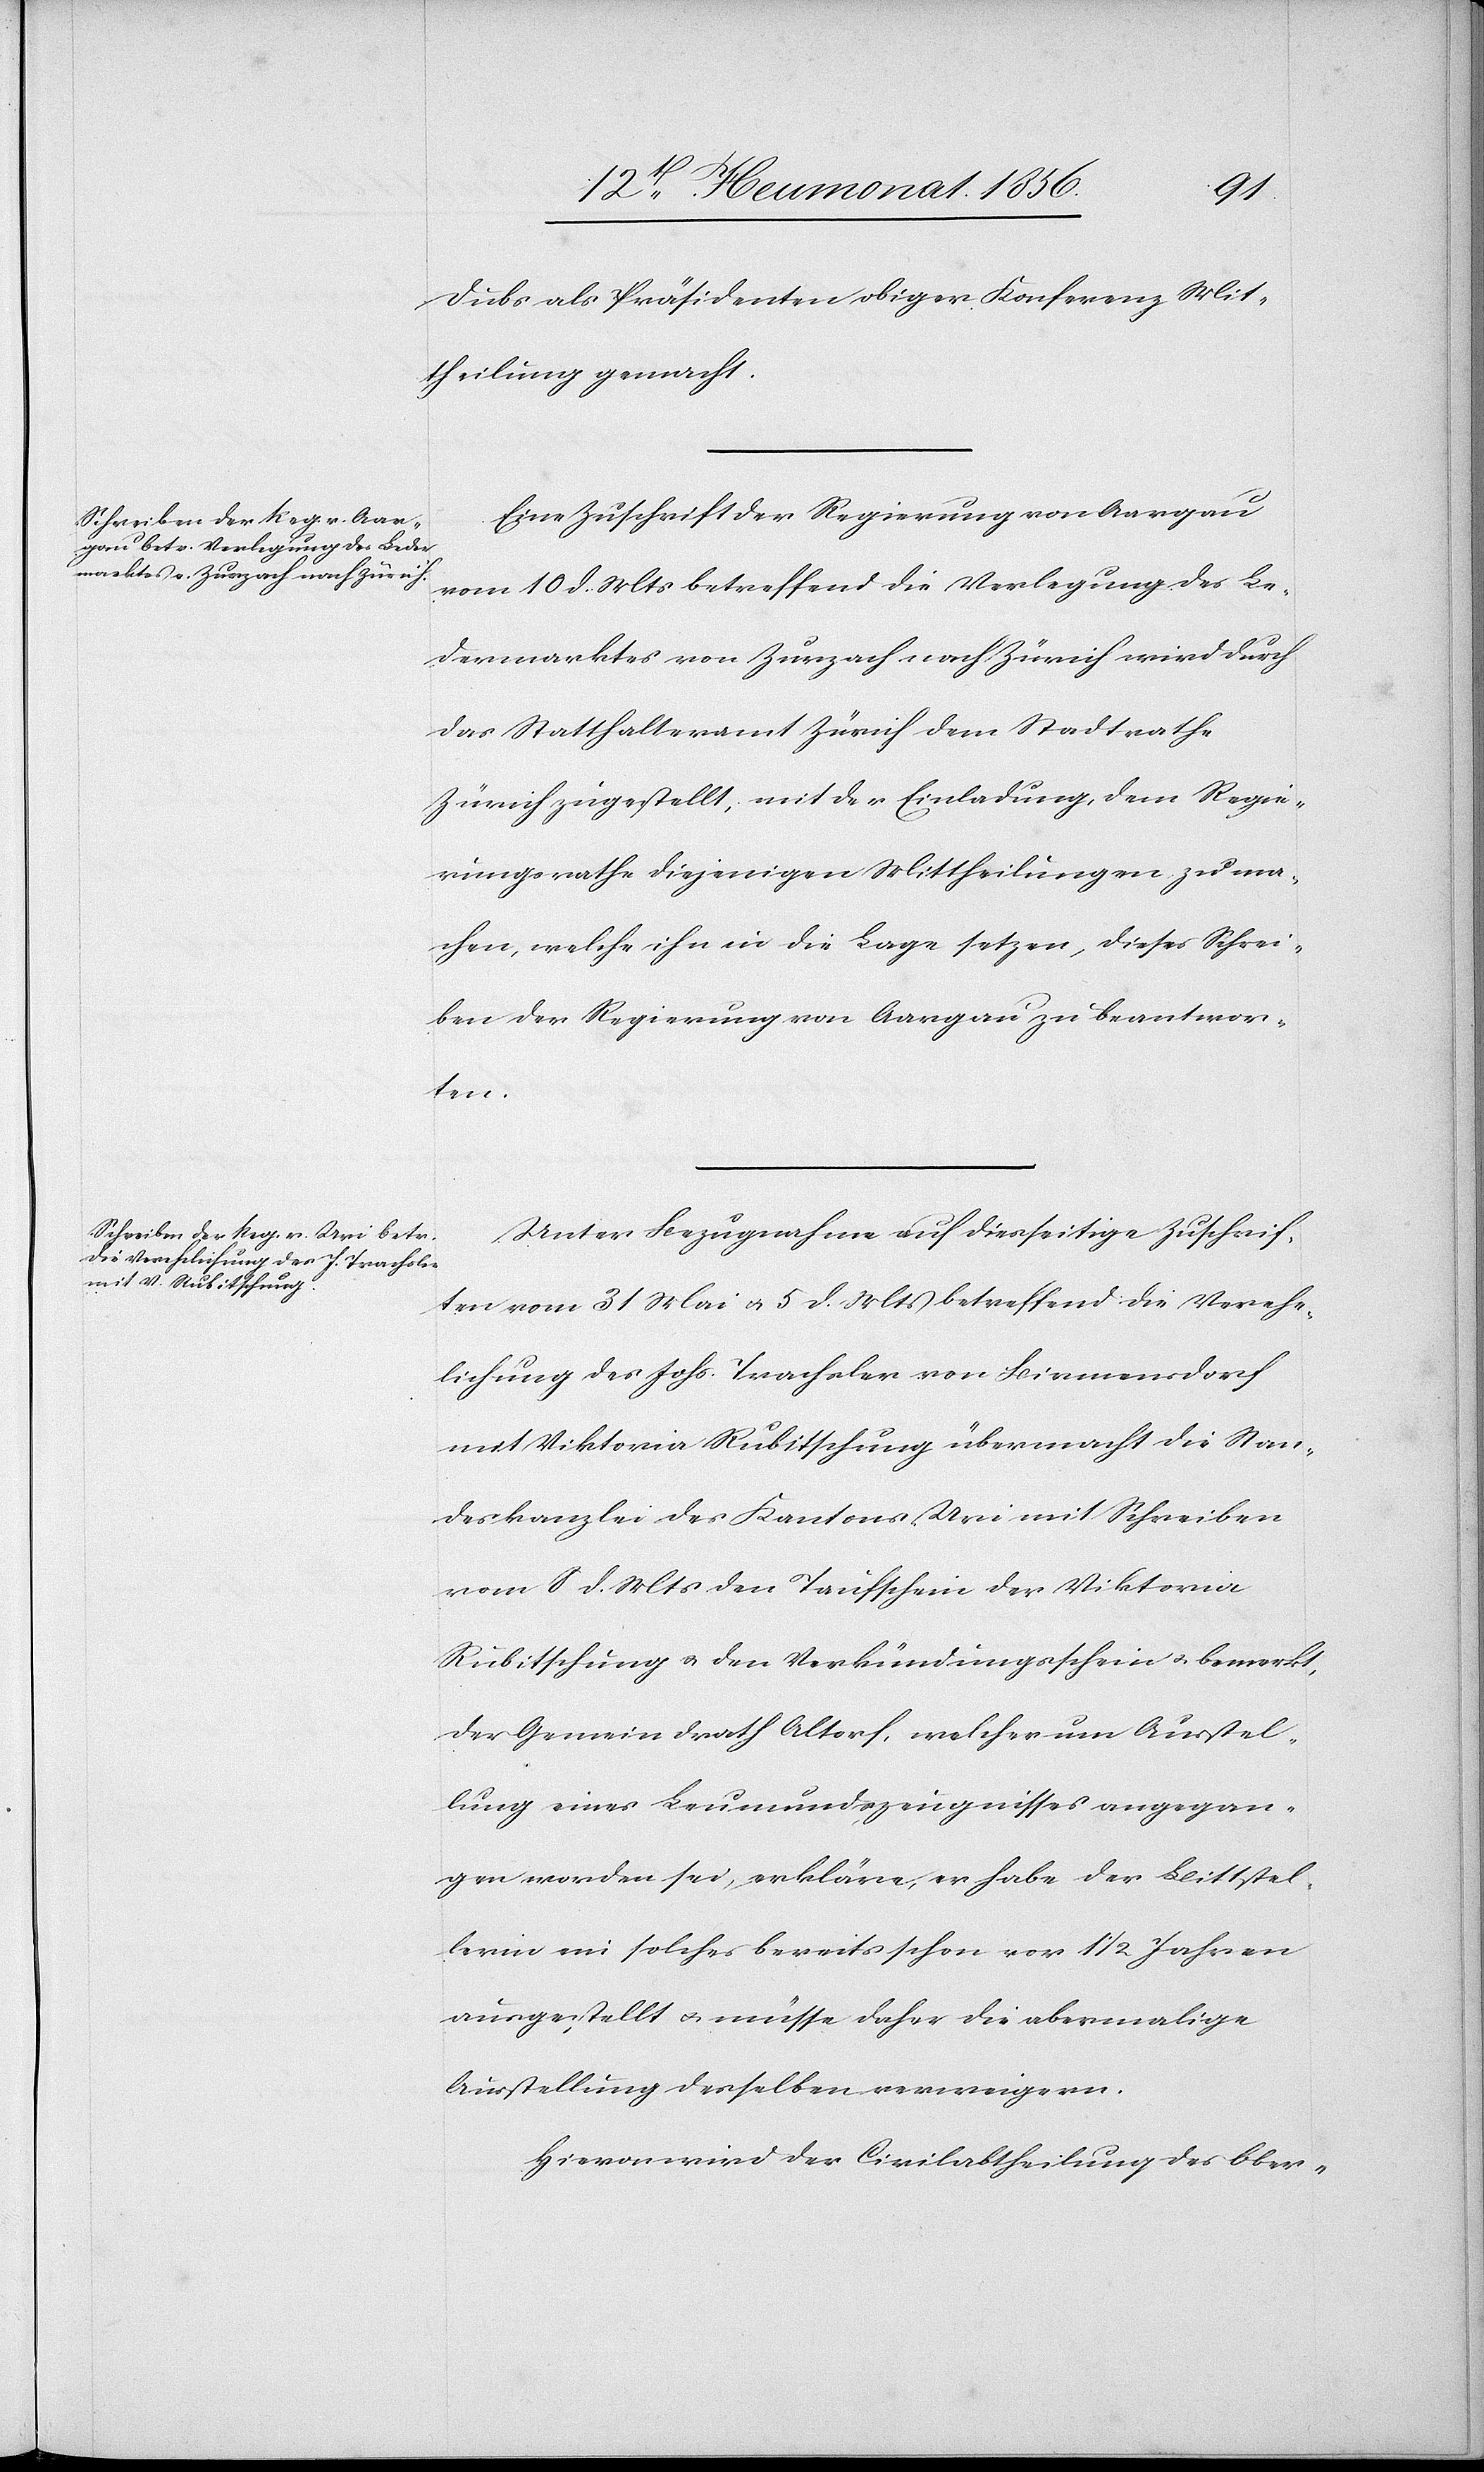
Dubs als Präsidenten obiger Konferenz Mit¬
theilung gemacht.
Eine Zuschrift der Regierung von Aargau
vom 10 d. Mts betreffend die Verlegung des Le¬
dermarktes von Zurzach nach Zürich wird durch
das Statthalteramt Zürich dem Stadtrathe
Zürich zugestellt; mit der Einladung, dem Regie¬
rungsrathe diejenigen Mittheilungen zu ma¬
chen, welche ihn in die Lage setzen, dieses Schrei¬
ben der Regierung von Aargau zu beantwor¬
ten.
Unter Bezugnahme auf diesseitige Zuschrif¬
ten vom 31 Mai u. 5 d. Mts betreffend die Verehe¬
lichung des Johs. Trachsler von Birmensdorf
mit Viktoria Rubitschung übermacht die Stan¬
deskanzlei des Kantons Uri mit Schreiben
vom 8 d. Mts den Taufschein der Viktoria
Rubitschung u. den Verkündigungsschein u. bemerkt,
der Gemeindrath Altorf, welcher um Ausstel¬
lung eines Leumundszeugnisses angegan¬
gen worden sei, erkläre, er habe der Bittstel¬
lerin ein solches bereits schon vor 1 ½ Jahren
ausgestellt u. müsse daher die abermalige
Ausstellung desselben verweigern.
Hiervon wird der Civilabtheilung des Ober-